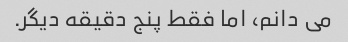
می دانم، اما فقط پنج دقیقه دیگر.